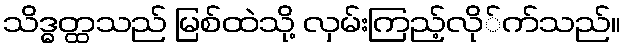
သိဒ္ဓတ္ထသည် မြစ်ထဲသို့ လှမ်းကြည့်လို်က်သည်။